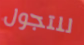
للتجول